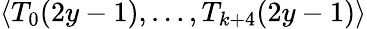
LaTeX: \langle T_{0}(2y-1),\ldots,T_{k+4}(2y-1)\rangle